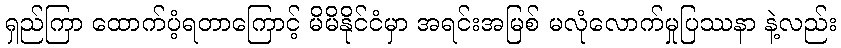
ရှည်ကြာ ထောက်ပံ့ရတာကြောင့် မိမိနိုင်ငံမှာ အရင်းအမြစ် မလုံလောက်မှုပြဿနာ နဲ့လည်း